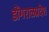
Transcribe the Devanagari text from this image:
डोंगराळप्रदेश